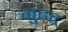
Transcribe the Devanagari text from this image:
नुइट